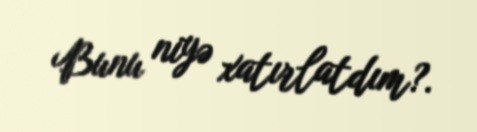
Bunu niyə xatırlatdım?.